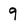
Character: 9